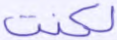
لكنت